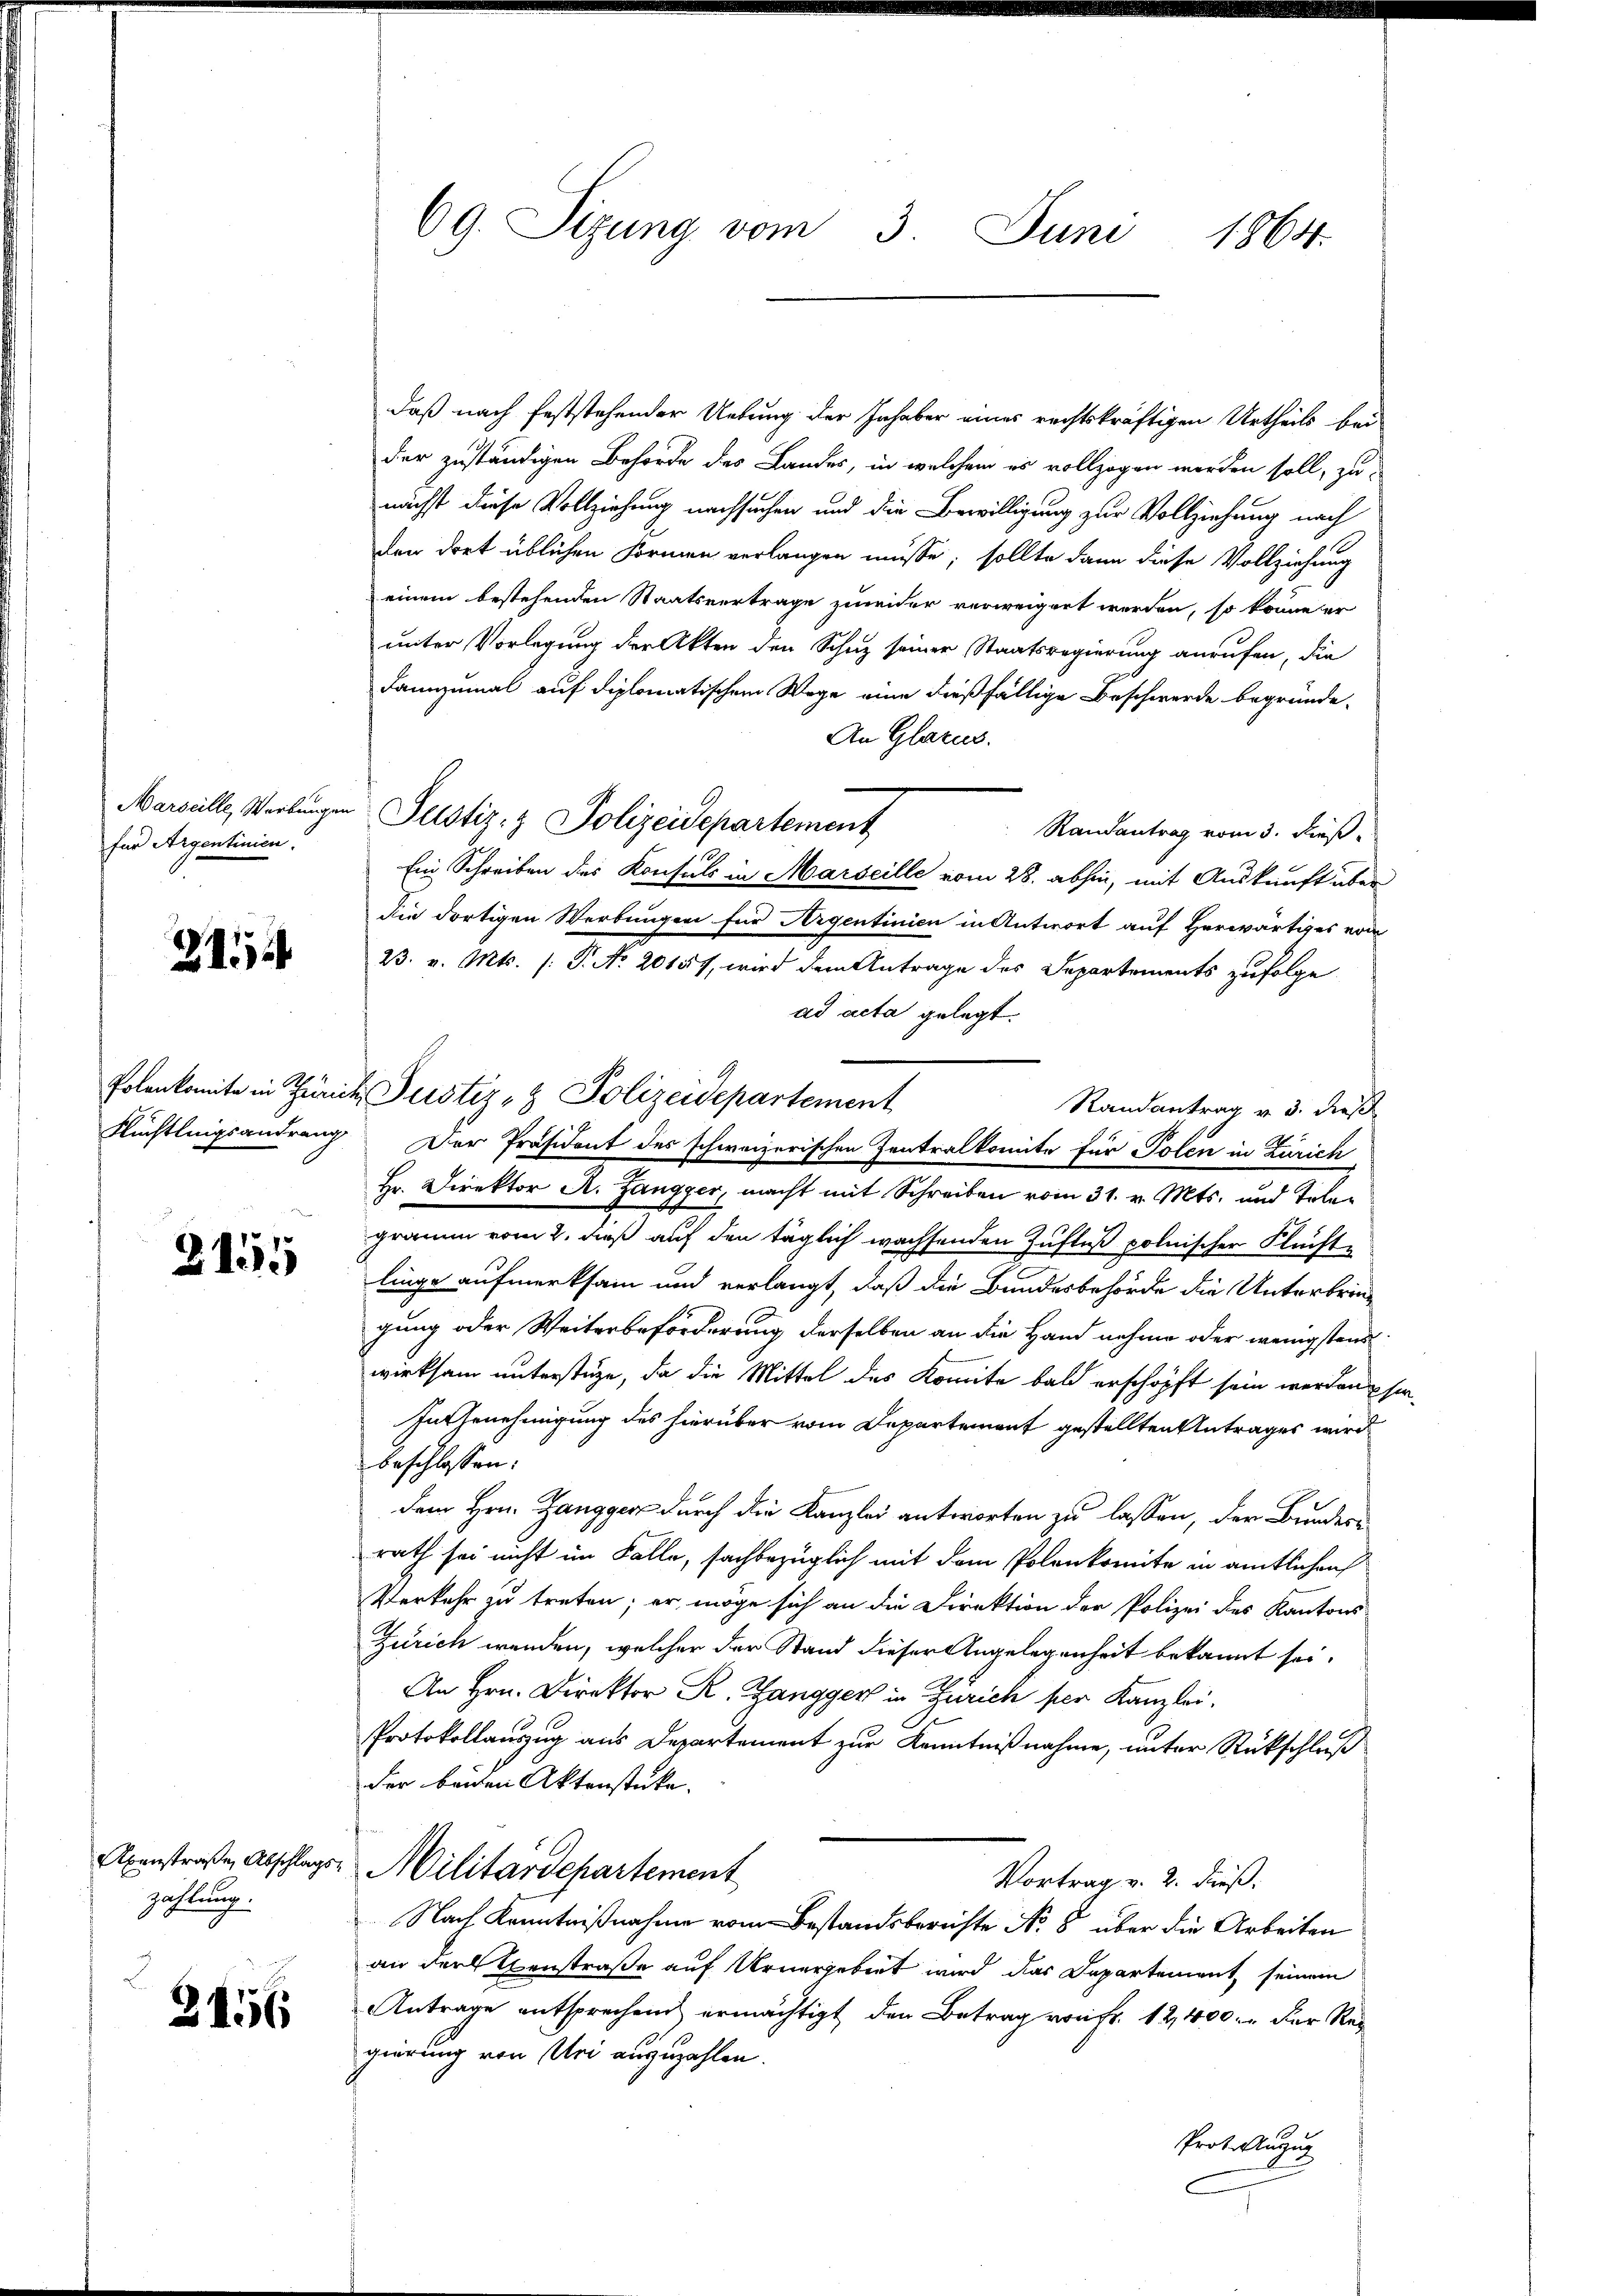
für Argentinien.

2114

2151

Abenstraße, Abschlags-
zahlung.

.

156

69. Sizung vom 3. Juni
1864.

daß nach feststehender Uebung der Inhaber eines rechtskräftigen Urtheils bei
der zuständigen Behörde des Landes, in welchem es vollzogen worden soll, zu-
nächst diese Vollziehung nachsuchen und die Bewilligung zur Vollziehung nach
der dort üblichen Formen verlangen müsse; sollte dann diese Vollziehung
einem bestehenden Staatsvertrage zuwider verweigert werden, so könne er
unter Vorlegung der Akten den Schuz seiner Staatsregierung anrufen, die
dannzumal auf diplomatischem Wege eine dießfällige Beschwerde begründe-
An Glarus.
Marseille, Werbungen Justiz- & Polizeidepartement
Randantrag vom 3. Dieß¬
Ein Schreiben des Konsuls in Marseille vom 28. abhin, mit Auskunft über
Die dortigen Werbungen für Argentinien in Antwort auf Herwärtiges von
23. v. Mts. /: P. No 2015 f, wird dem Antrage des Departements zufolge
ad acta gelegt.
Randantrag v. 3. dieß
Flüchtlingsandrang Der Präsident des schweizerischen Zentralkomite für Polen in Zürich
Hr. Direktor A. Zangger, macht mit Schreiben vom 31. v. Mts. und Telegramm vom 2. daß auf den täglich wachsenden Zufluß polnischer Flüchte
linge aufmerksam und verlangt, daß die Bundesbehörde die Unterbringung oder Weiterbeförderung derselben an die Hand nehme oder wenigstens
wirksam unterstüze, da die Mittel des Komite bald erschöpft sein werden sin
In Genehmigung des hierüber vom Departement gestellten Antrages wird
beschlossen:
dem Hrn. Zangger durch die Kanzlei antworten zu lassen, der Bundern
rath sei nicht im Falle, sachbezüglich mit dem Polenkomite in amtlichen
Verkehr zu treten; er möge sich an die Direktion der Polizei des Kantons
Zürich werden, welcher der Stand dieser Angelegenheit bekannt sei.
An Hrn. Direktor R. Zangger in Zürich per Kanzlei.
Protokollauszug aus Departement zur Kenntnißnahme, unter Rückschluß
der beiden Aktenstücke.
Militärdepartement
Vortrag v. 2. dieß.
Nach Kenntnißnahme vom Bestandsberichte No 8 über die Arbeiten
an der Ebenstraße auf Urnergebiet wird das Departement, seinem
Antrage entsprechend ermächtigt, den Betrag von fr. 12,400. Der Reg
gierung von Uri anzuzahlen.
Prot. Anzug

Polenkomite in Zürich Justiz- & Polizeidepartement